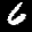
Label: 6